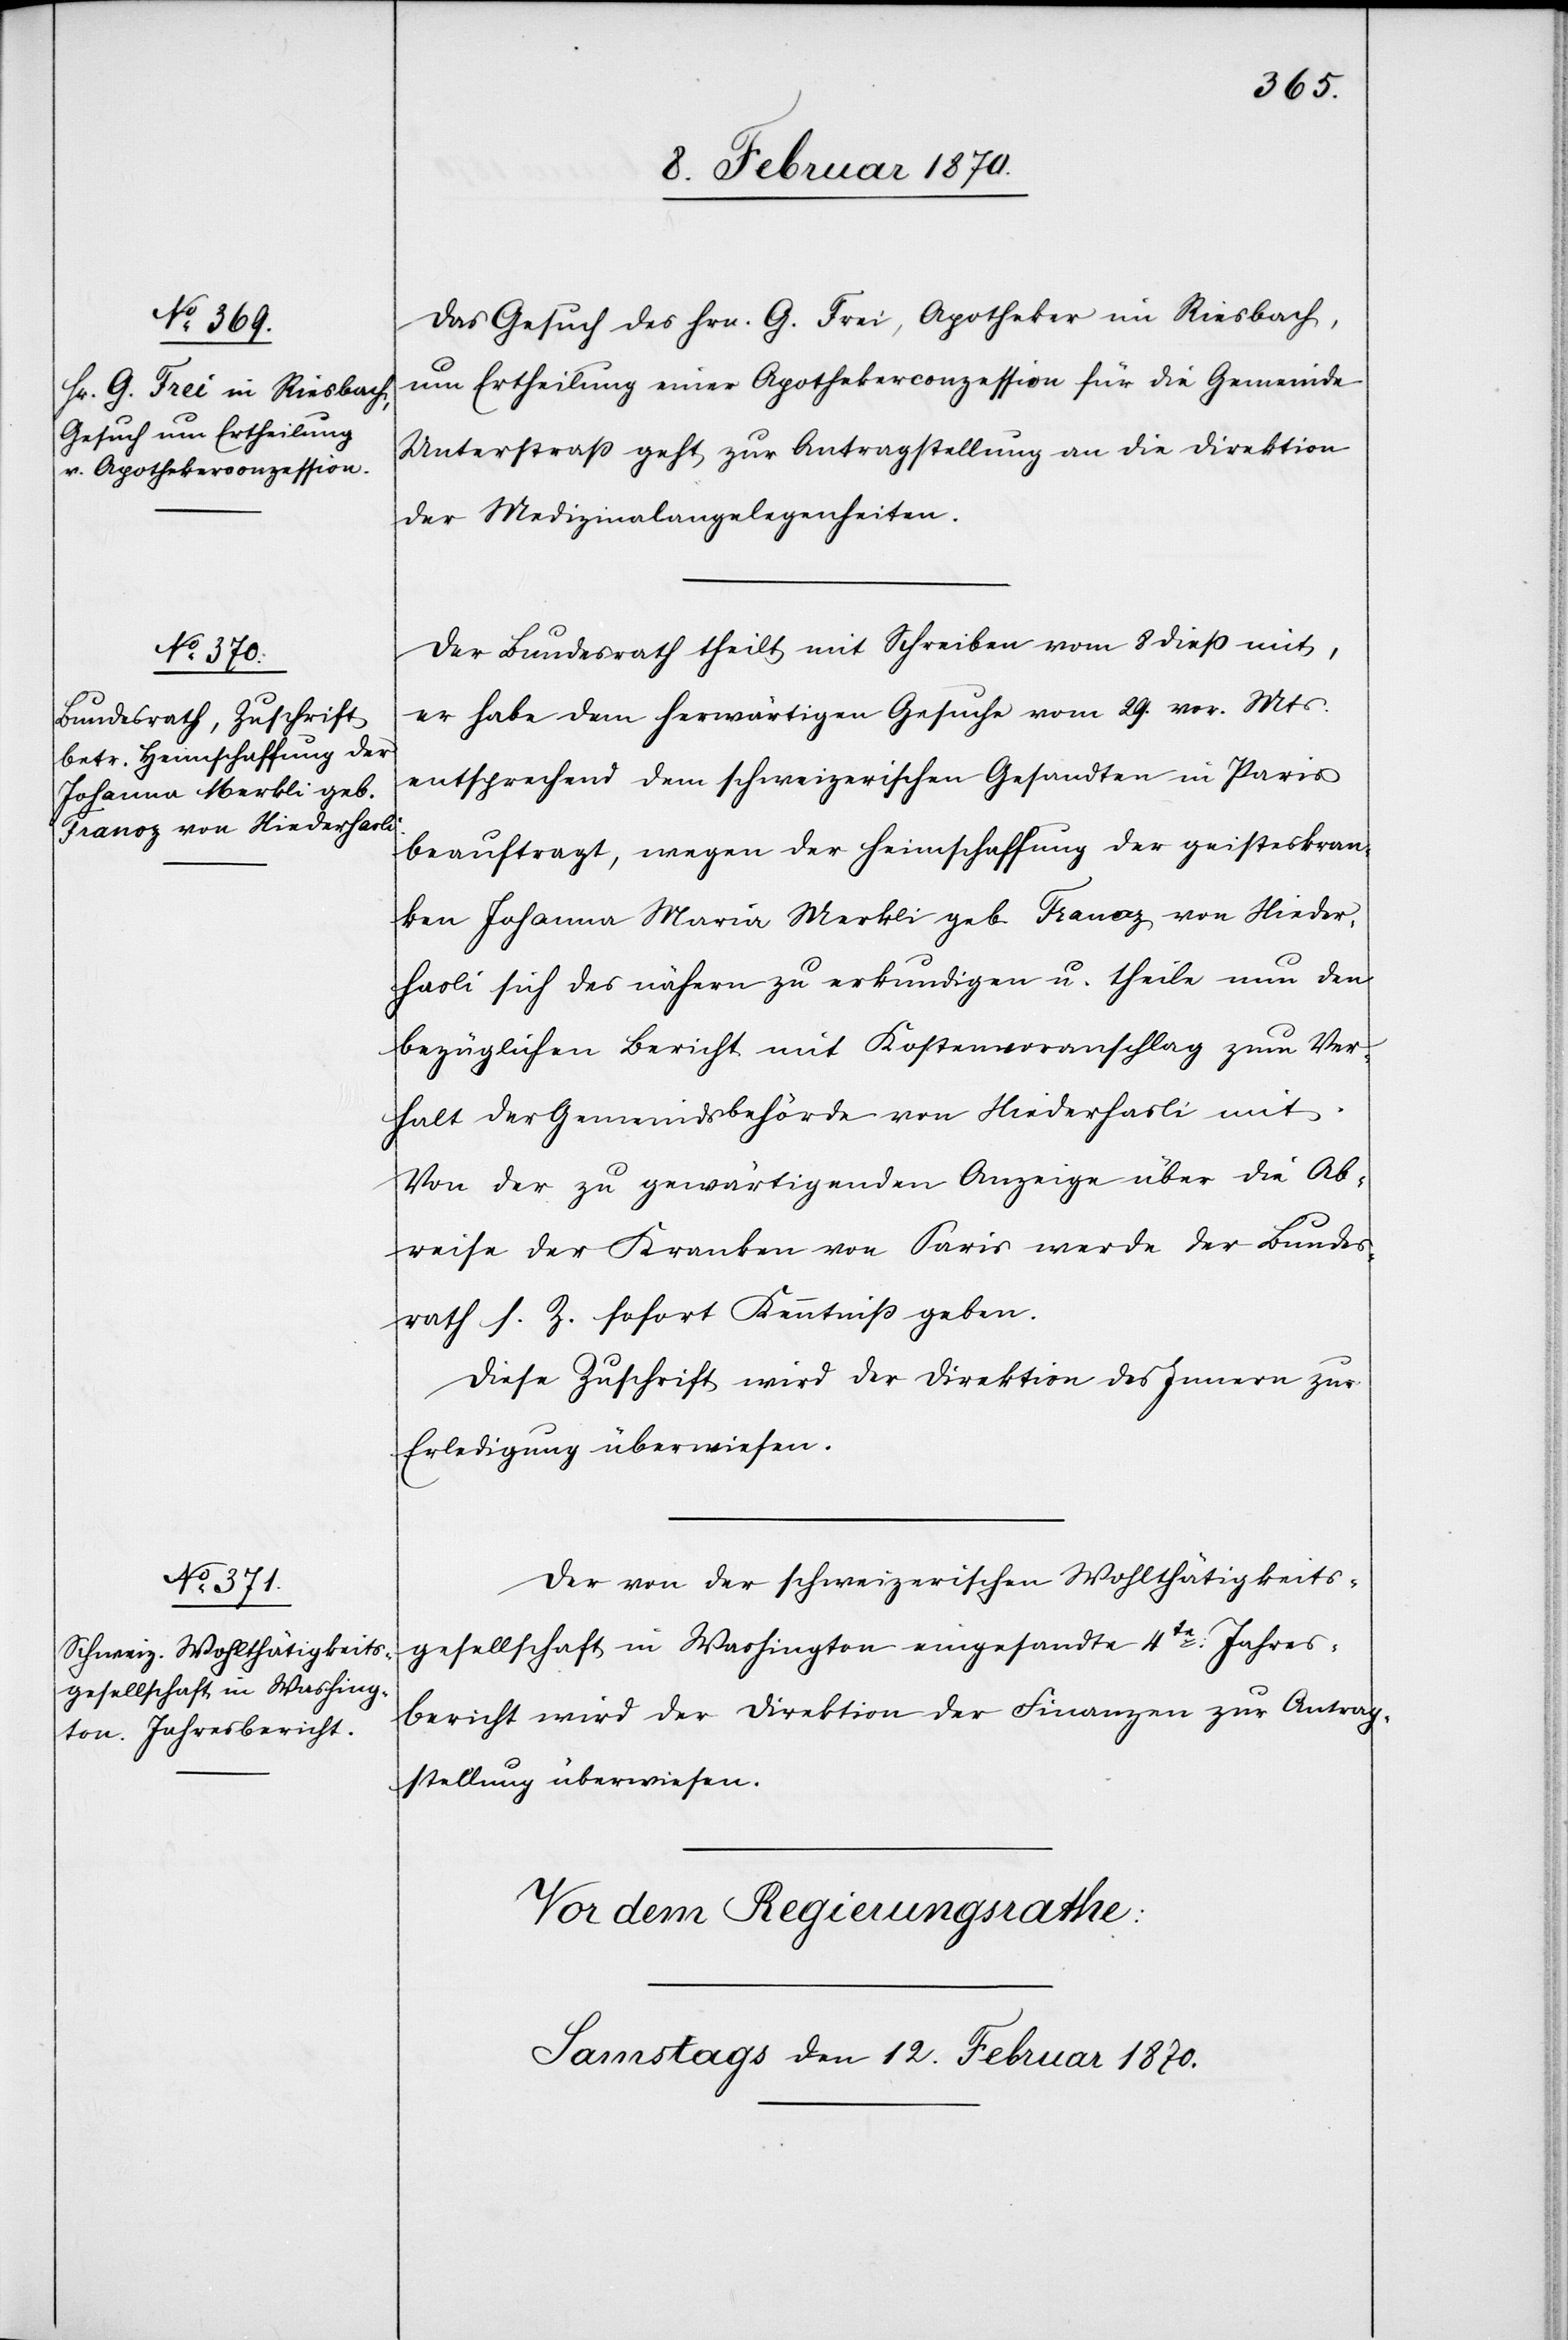
11. Februar 1870.]
Das Gesuch des Hrn. G. Frei, Apotheker im Riesbach,
um Ertheilung einer Apothekerconzession für die Gemeinde
Unterstraß geht zur Antragstellung an die Direktion
der Medizinalangelegenheiten.
Der Bundesrath theilt mit Schreiben vom 8 dieß mit,
er habe dem herwärtigen Gesuche vom 29. Vor. Mts.
entsprechend den schweizerischen Gesandten in Paris
beauftragt, wegen der Heimschaffung der geisteskran¬
ken Johanna Maria Merkli geb. Franoz von Nieder¬
hasli sich des nähern zu erkundigen u. theile nun den
bezüglichen Bericht mit Kostenvoranschlag zum Ver¬
halt der Gemeindsbehörde von Niederhasli mit.
Von der zu gewärtigenden Anzeige über die Ab¬
reise der Kranken von Paris werde der Bundes¬
rath s. Z. sofort Kenntniß geben.
Diese Zuschrift wird der Direktion des Innern zur
Erledigung überwiesen.
Der von der schweizerischen Wohlthätigkeits¬
gesellschaft in Washington eingesandte 4te: Jahres¬
bericht wird der Direktion der Finanzen zur Antrag¬
stellung überwiesen.